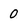
Character: 0